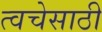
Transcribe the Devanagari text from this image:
त्वचेसाठी